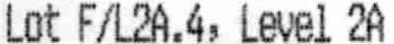
LOT F/L2A.4, LEVEL 2A